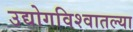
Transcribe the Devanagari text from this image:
उद्योगविश्वातल्या